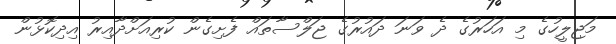
މަޖިލީހުގެ މި އަހަރުގެ ދެ ވަނަ ދައުރުގެ ޖަލްސާތައް ފެށިގެން ކުރިއަށްދާއިރު އިދިކޮޅުން